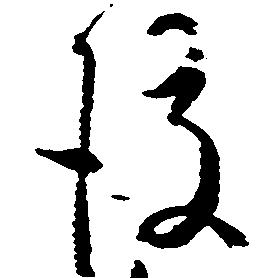
後